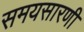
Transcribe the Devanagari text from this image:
समयसारणी